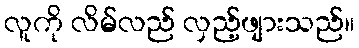
လူကို လိမ်လည် လှည့်ဖျားသည်။